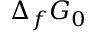
\Delta _ { f } G _ { 0 }